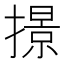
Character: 撔